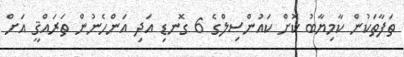
ތަފާތަކުން ކާމިޔާބު ކޮށް ކައުންސިލްގެ 6 ގޮނޑި އަދި އަންހެނުން ތަރައްޤީ އަށް